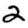
Digit: 2